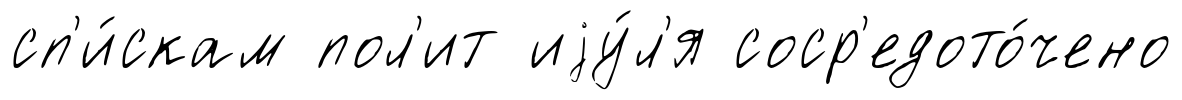
сп'и́скам пол'ит иjу́л'я соср'едото́чено